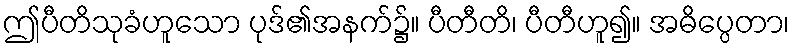
ဤပီတိသုခံဟူသော ပုဒ်၏အနက်၌။ ပီတီတိ၊ ပီတီဟူ၍။ အဓိပ္ပေတာ၊